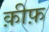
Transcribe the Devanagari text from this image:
क़ीफ़